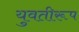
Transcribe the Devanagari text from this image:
युवतीरूप